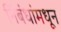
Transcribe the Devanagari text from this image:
निंबंधांमधून